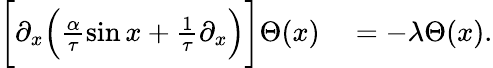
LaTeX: \begin{array}{rl}{\biggl[\partial_{x}\Bigl(\frac{\alpha}{\tau}\sin x+\frac{1}{\tau}\partial_{x}\Bigr)\biggr]\Theta(x)}&{{}=-\lambda\Theta(x).}\end{array}